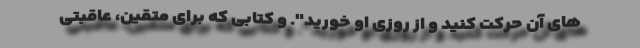
های آن حرکت کنید و از روزی او خورید". و کتابی که برای متقین، عاقبتی